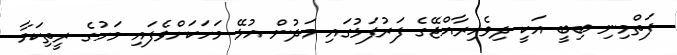
ފަތްމިނި ބިބީ އަކީ ދިވެހިރާއްޖޭގެ ފަރުފަޅުގައި މަދުން އުޅޭ މަހަކަށްވެފައި މަހުގެ ރީތިކަމާ